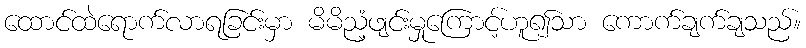
ထောင်ထဲရောက်လာရခြင်းမှာ မိမိညံ့ဖျင်းမှုကြောင့်ဟူ၍သာ ကောက်ချက်ချသည်။